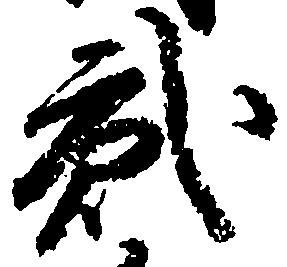
弐